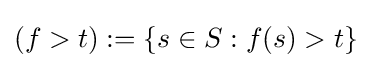
(f>t):=\{s\in S:f(s)>t\}